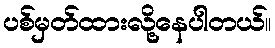
ပစ်မှတ်ထားလို့နေပါတယ်။